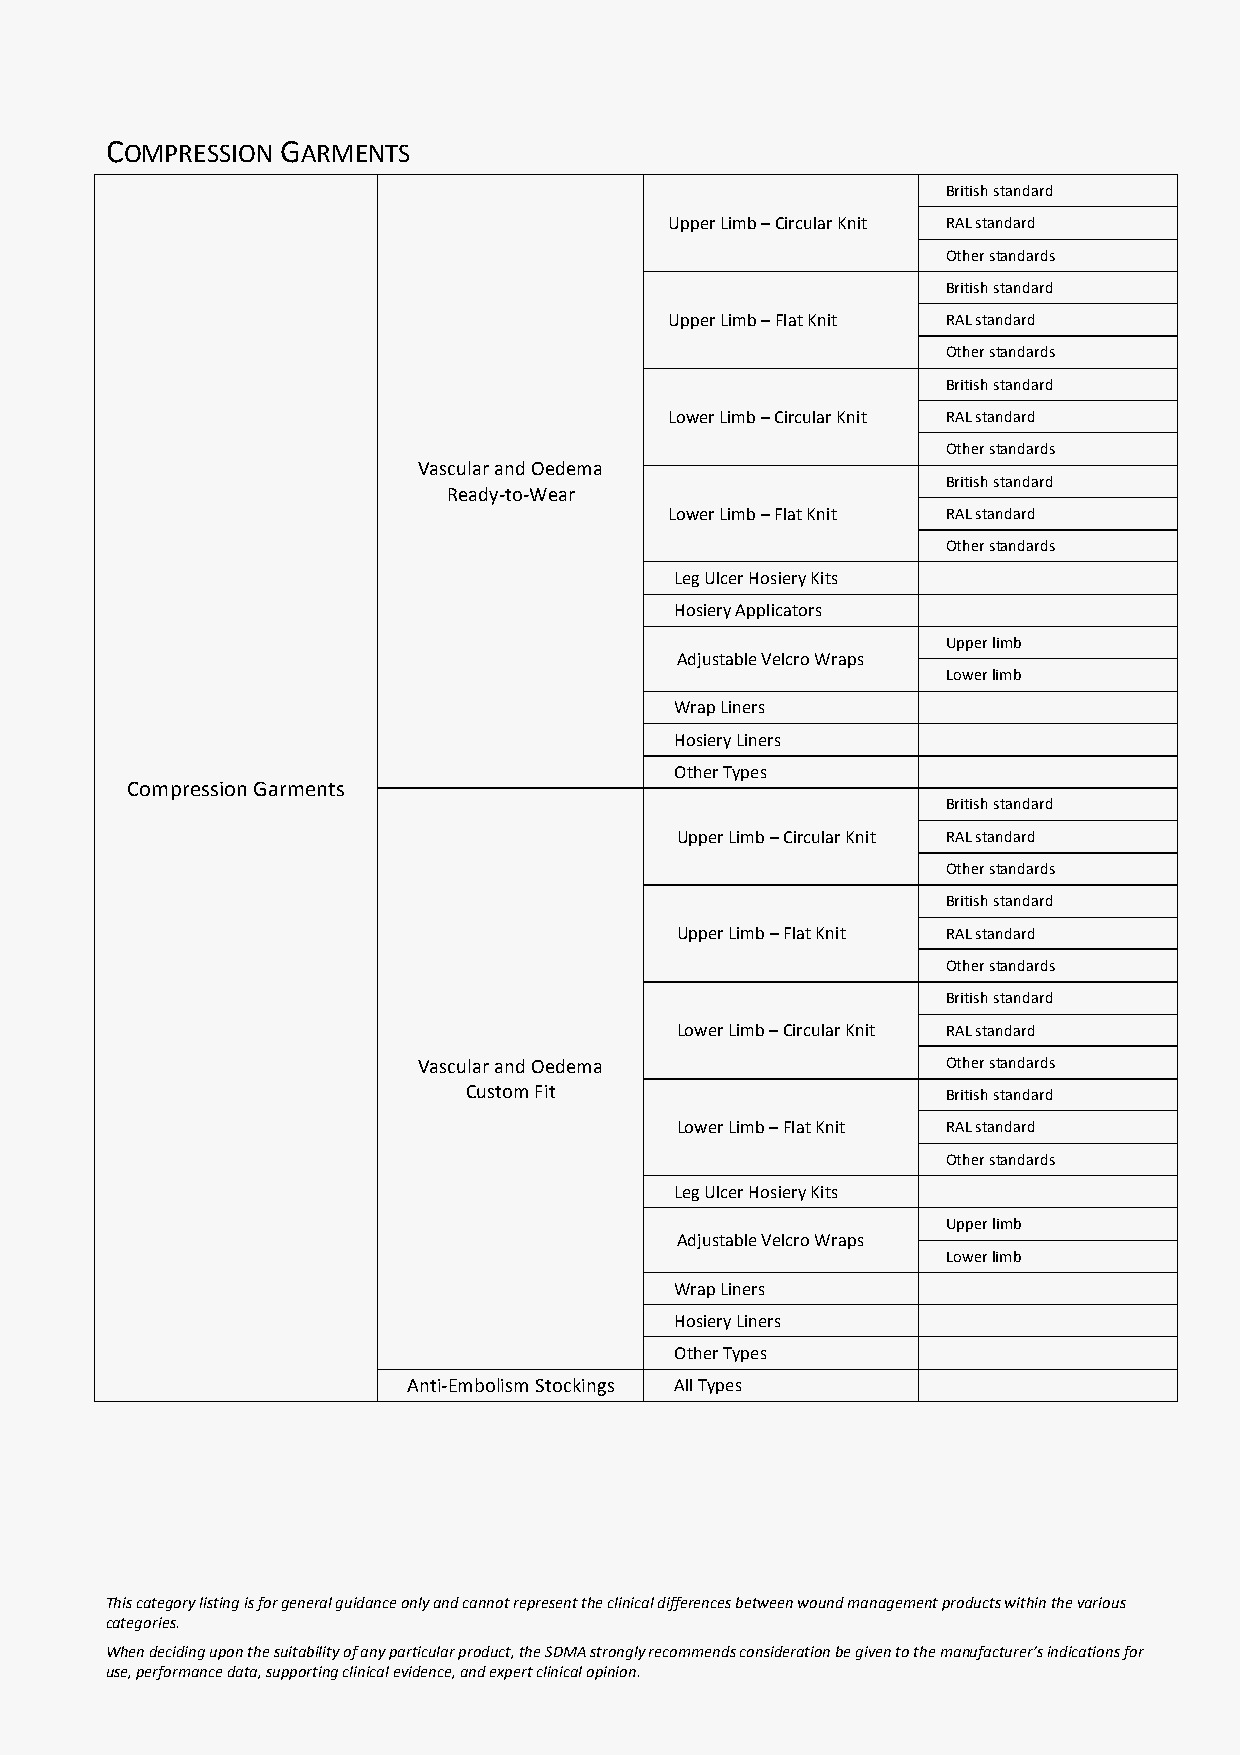
COMPRESSION GARMENTS
 British standard
 Upper Limb – Circular Knit RAL standard
 Other standards
 British standard
 Upper Limb – Flat Knit RAL standard
 Other standards
 British standard
 Lower Limb – Circular Knit RAL standard
 Other standards
 Vascular and Oedema
 British standard
 Ready-to-Wear
 Lower Limb – Flat Knit RAL standard
 Other standards
 Leg Ulcer Hosiery Kits
 Hosiery Applicators
 Upper limb
 Adjustable Velcro Wraps
 Lower limb
 Wrap Liners
 Hosiery Liners
 Other Types
 Compression Garments
 British standard
 Upper Limb – Circular Knit RAL standard
 Other standards
 British standard
 Upper Limb – Flat Knit RAL standard
 Other standards
 British standard
 Lower Limb – Circular Knit RAL standard
 Vascular and Oedema                Other standards
 Custom Fit                      British standard
 Lower Limb – Flat Knit RAL standard
 Other standards
 Leg Ulcer Hosiery Kits
 Upper limb
 Adjustable Velcro Wraps
 Lower limb
 Wrap Liners
 Hosiery Liners
 Other Types
 Anti-Embolism Stockings All Types
 This category listing is for general guidance only and cannot represent the clinical differences between wound management products within the various
 categories.
 When deciding upon the suitability of any particular product, the SDMA strongly recommends consideration be given to the manufacturer’s indications for
 use, performance data, supporting clinical evidence, and expert clinical opinion.